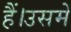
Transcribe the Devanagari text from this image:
हैं।उसमें